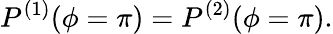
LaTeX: P^{(1)}(\phi=\pi)=P^{(2)}(\phi=\pi).